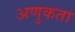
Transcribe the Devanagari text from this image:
अणुकता